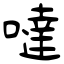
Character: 噠